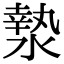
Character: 漐